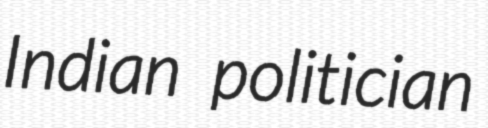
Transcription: Indian politician